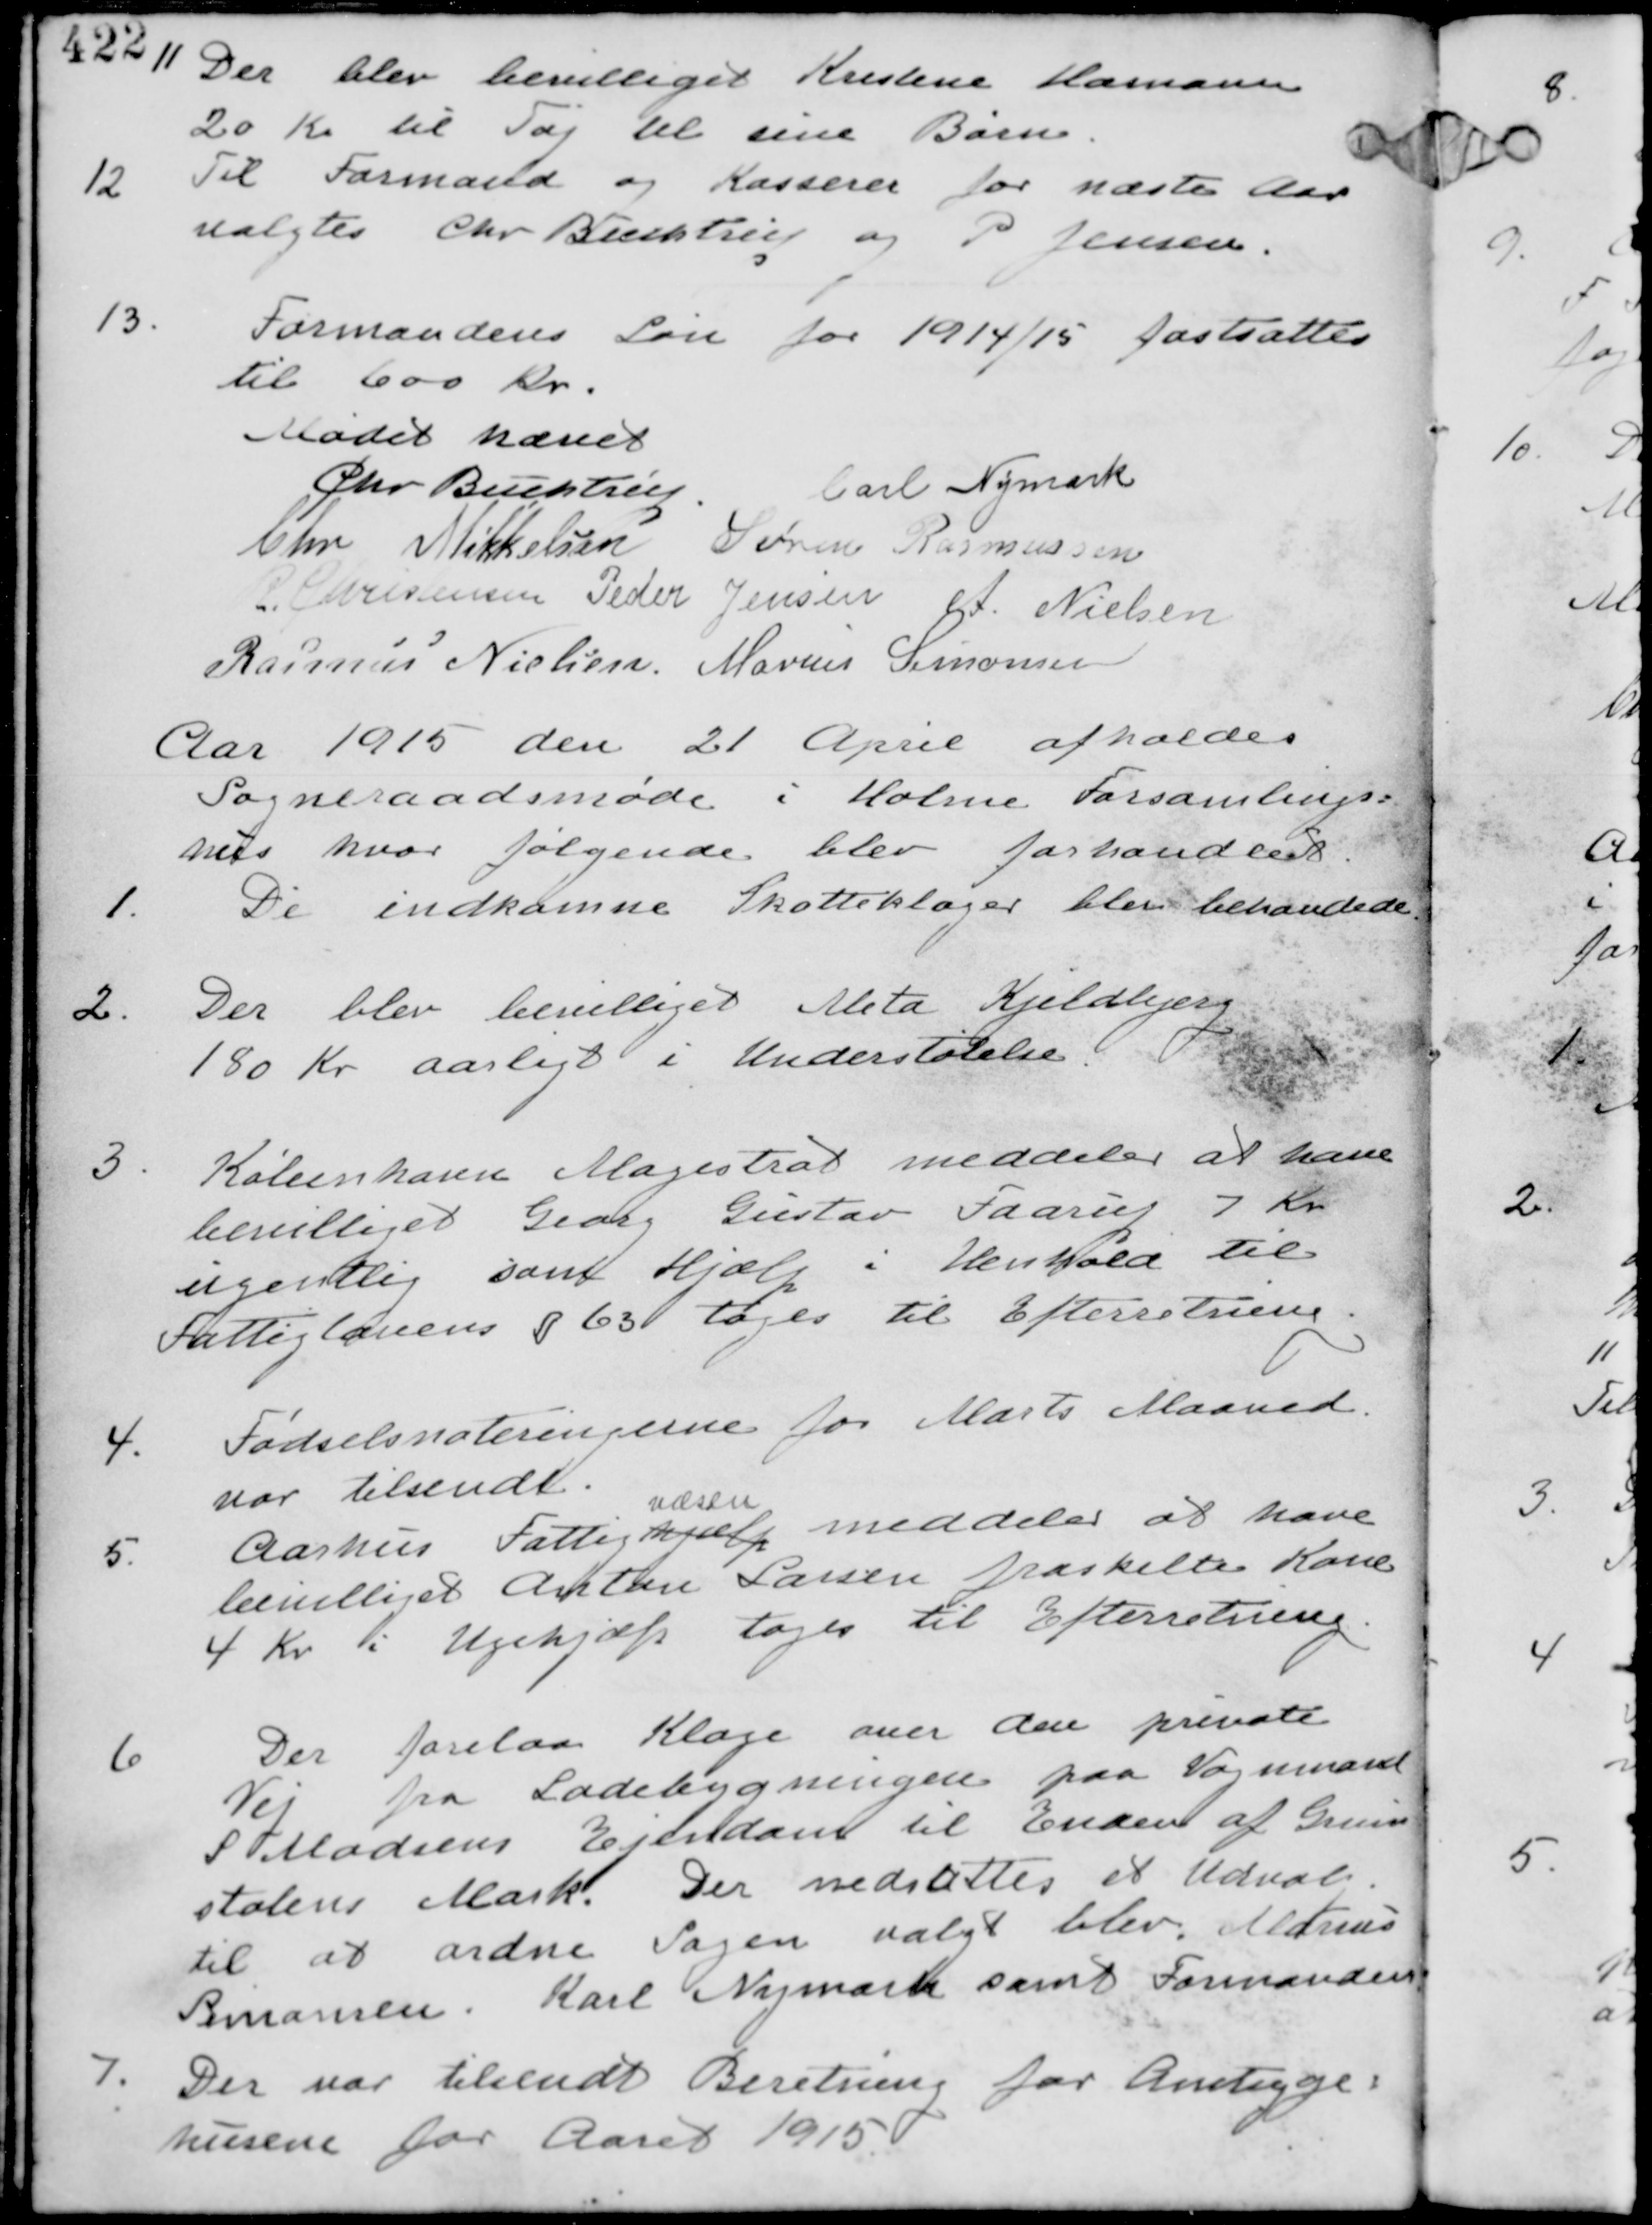
Transskription:
11 Der blev bevilliget Kristine Hamann
20 Kr til Tøj til sine Børn.

12
Til Formand og Kasserer for næste Aar
valgtes Chr Buchstrup og P Jensen.

13.
Formandens Løn for 1914/15 fastsattes
til 600 Kr.

Mødet hævet
Chr Buchstrup. Carl Nymark
Chr Mikkelsen Søren Rasmussen
R Christensen Peder Jensen A Nielsen
Rasmus Nielsen Marius Simonsen

Aar 1915 den 21 April afholdes
Sogneraadsmøde i Holme Forsamlings-
hus hvor følgende blev forhandlet.

1.
De indkomne Skatteklager blev behandlede.

2. Der blev bevilliget Meta Kjeldbjerg
180 Kr aarligt i Understøtelse.

3.
København Magistrat meddeler at have
bevilliget Georg Gustav Faarup 7 Kr
ugentlig samt Hælp i Henhold til
Fattiglovens §63 tages til Efterretning.

4.
Fødselsnoteringerne for Marts Maaned
var tilsendt

5.
Aarhus Fattighjælp
væsen
Meddeler at have
bevilliget Anton Larsen fraskilte Kone
4 Kr i Ugehjælp tages til Efterretning

6.
Der forelaa Klage over den private
Vej fra Ladebygningen paa Vognmand
S Madsens Ejendom til Enden af Grum-
stolens Mark. Der nedsattes et Udvalg
til at ordne Sagen valgt blev Marius
Simonsen. Karl Nymark samt Formanden

7.
Der var tilsendt Beretning for Amtsyge-
husene for Aaret 1915